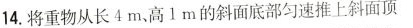
14.将重物从长4m、高1m的斜面底部匀速推上斜面顶